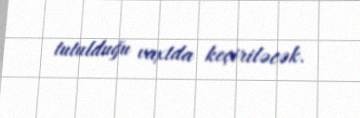
tutulduğu vaxtda keçiriləcək.